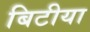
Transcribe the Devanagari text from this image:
बिटीया